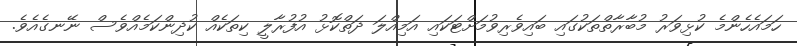
ހަމައެހެންމެ ކުޅިވަރު މުބާރާތްތަކުގައި ބައިވެރިވުމަށްޓަކައި އަމިއްލަ ދަތްކޮޅު އުފުރާލީ ކިތަކެއް ކުދިންކަމެއްވެސް ނޭނގެއެވެ.